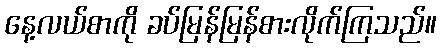
နေ့လယ်စာကို ခပ်မြန်မြန်စားလိုက်ကြသည်။